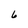
Character: 6